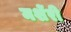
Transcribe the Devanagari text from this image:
मशेंरी